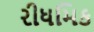
રીધમિક